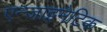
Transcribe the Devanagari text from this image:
एन्जाइमेटिक